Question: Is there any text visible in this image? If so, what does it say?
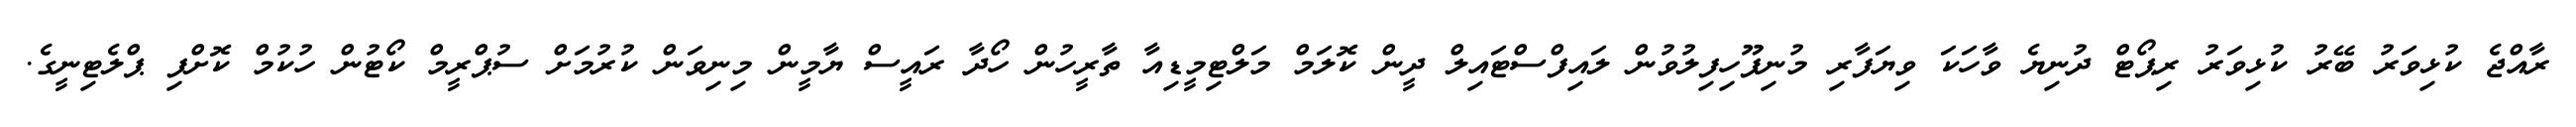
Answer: ރާއްޖެ ކުޅިވަރު ބޭރު ކުޅިވަރު ރިޕޯޓް ދުނިޔެ ވާހަކަ ވިޔަފާރި މުނިފޫހިފިލުވުން ލައިފްސްޓައިލް ދީން ކޮލަމް މަލްޓިމީޑިއާ ތާރީހުން ހޯދާ ރައީސް ޔާމީން މިނިވަން ކުރުމަށް ސުޕްރީމް ކޯޓުން ހުކުމް ކޮށްފި ޕްލެޓިނީގެ.